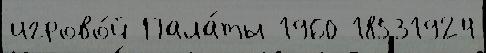
игрово́й Пала́ты 1960 18531924